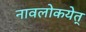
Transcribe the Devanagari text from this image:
नावलोकयेत्